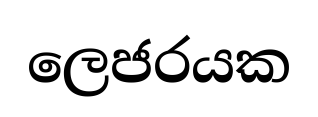
ලෙජරයක